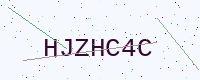
Text: HJZHC4C